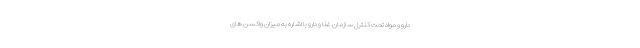
دارو و مواد تحت کنترل سازمان غذا و دارو با اشاره به میزان واکسن های